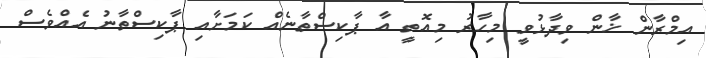
އިމްރާން ޚާން ވިދާޅުވީ މިހާރު މިއޮތީ އާ ޕާކިސްތާނެއް ކަމަށާއި ޕާކިސްތާނު އެއްވެސް